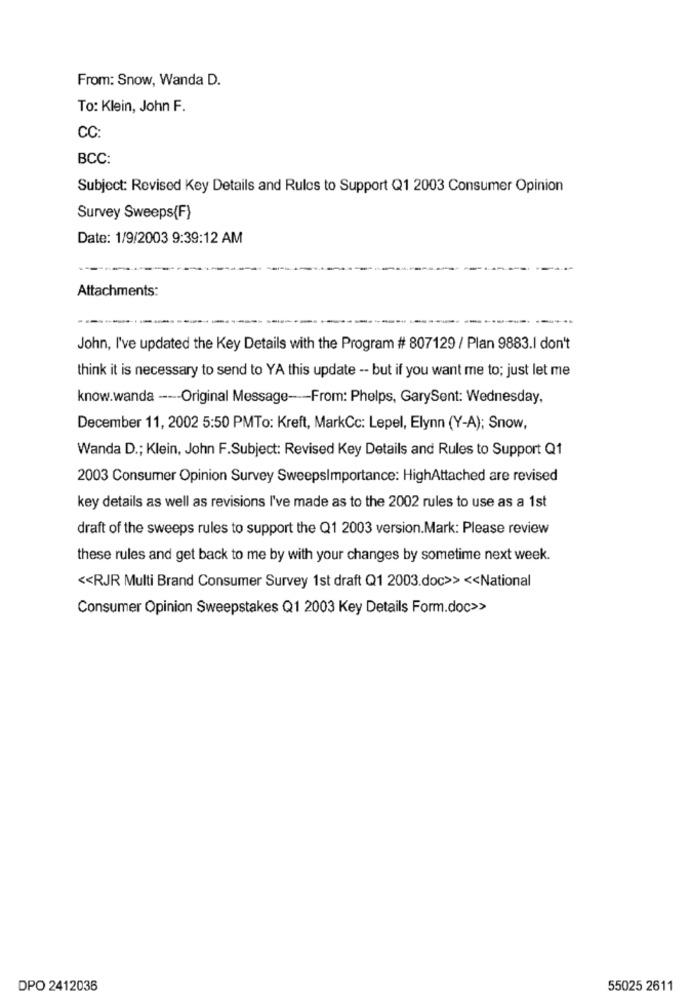
From: Snow, Wanda D.
To: Klein, John F.
CC:
BCC:
Subject: Revised Key Details and Rules to Support Q1 2003 Consumer Opinion
Survey Sweeps(F)
Date: 1/9/2003 9:39:12 AM
Attachments:
--
John, I've updated the Key Details with the Program # 807129 / Plan 9883.I don't
think it is necessary to send to YA this update -- but if you want me to; just let me
know.wanda --- Original Message --- From: Phelps, GarySent: Wednesday,
December 11, 2002 5:50 PMTo: Kreft, MarkCc: Lepel, Elynn (Y-A); Snow,
Wanda D .; Klein, John F.Subject: Revised Key Details and Rules to Support Q1
2003 Consumer Opinion Survey SweepsImportance: HighAttached are revised
key details as well as revisions I've made as to the 2002 rules to use as a 1st
draft of the sweeps rules to support the Q1 2003 version.Mark: Please review
these rules and get back to me by with your changes by sometime next week.
<< RJR Multi Brand Consumer Survey 1st draft Q1 2003.doc>> << National
Consumer Opinion Sweepstakes Q1 2003 Key Details Form.doc>>
DPO 2412036
55025 2611